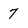
Character: 7